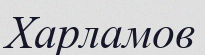
Харламов